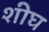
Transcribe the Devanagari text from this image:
शीघ